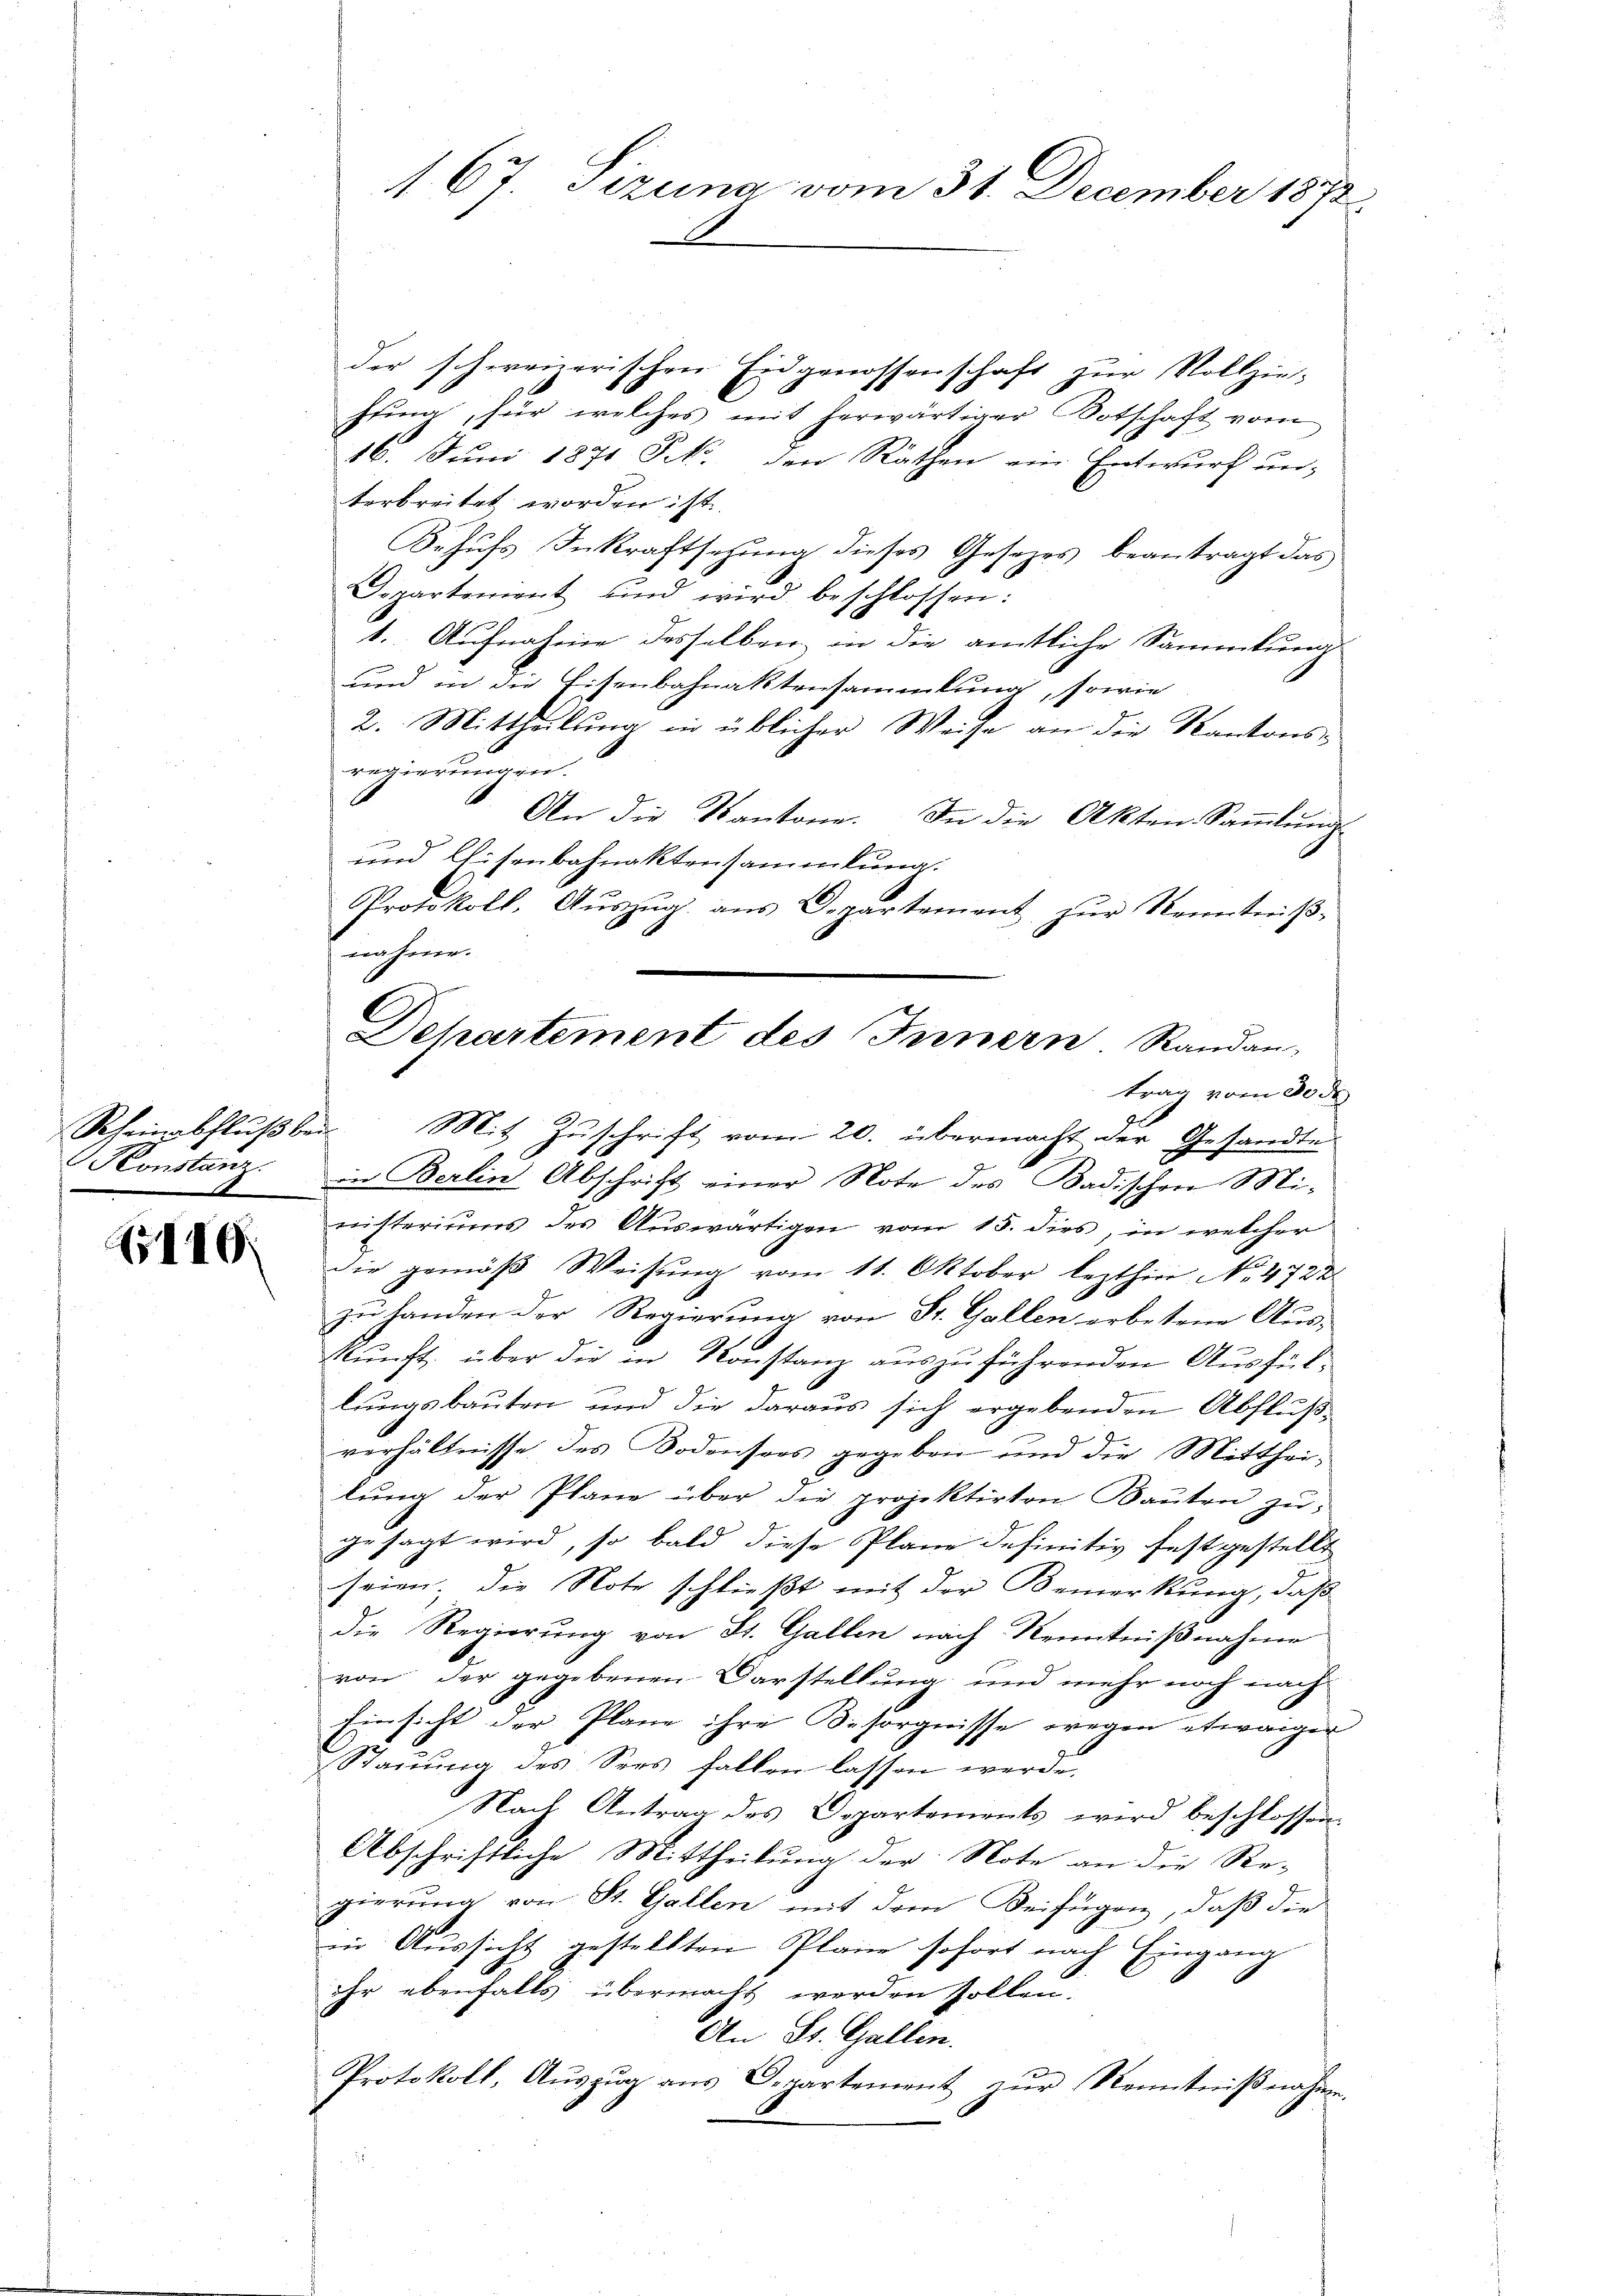
140

67. Sizung vom 31. December 1890

der schweizerischen Eidgenossenschaft zur Vollziehŭng für welches mit herwärtiger Botschaft vom
16. Juni 1871 Frk. den Räthen ein Entwurf un-
terbreitet worden ist.
Behufs Inkraftsezung dieses Gesetzes beantragt das
Departement und wird beschlossen:
1. Aufnahme desselben in die amtliche Sammlung
und in die Eisenbahnaktensammlung, sowie
2. Mittheilung in üblicher Weise an die Kantons-
regierungen.
An die Kantone. In die Akten Saṁlŭng
und Eisenbahnaktensammlung.
Protokoll. Aŭszŭg ans Departement zŭr Kenntniβ-
nahme.
Rheinschlußber Mit Zuschrift vom 20. übermacht der Gesandte
Konstanz in Berlin Abschrift einer Note des Badischen Mi-
nisteriums des Auswärtigen vom 15. dies, in welcher
die gemäβ Weisŭng vom 11. Oktober lezthin No. 4722.
zu handen der Regierung von St. Gallen erbetene Aus-
kunft über die in Konstanz auszuführenden Ausfüllungsbauten und die daraus sich ergebenden Abflußverhältnisse des Bodensers gegeben und die Mittheilŭng der Plane über die projektirten Bauten zu,
gesagt wird, so bald diese Plane definitiv festgestellt
seien; die Note schließt mit der Bemerkung, daß
die Regierung von St. Gallen nach Kenntnißnahme
von der gegebenen Darstellung und mehr noch nach
Einsicht der Plane ihre Besorgnisse wegen etwaigen
Stauung des Sees fallen lassen werde,
7 " Antrag des Departements wird beschlossen.
Abschriftliche Mittheilung der Note an die Re-
gierung von St. Gallen mit dem Beifügen, daß die
in Aussicht gestellten Plane sofort nach Eingang
ihr ebenfalls übermacht werden sollen.
An St. Gallen.
Protokoll, Auszug aus Departement zur Kenntnißnahme.

Departement des Innern Randartrag vom 30 de